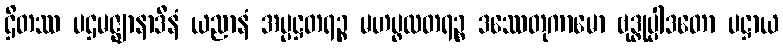
ဌိတဿ ပဌမဇ္ဈာနာဒီနံ ယညာနံ အပ္ပဋ္ဌတရဉ္စ မဟပ္ဖလတရဉ္စ ဒဿေတုကာမော ဗုဒ္ဓုပ္ပါဒတော ပဋ္ဌာယ